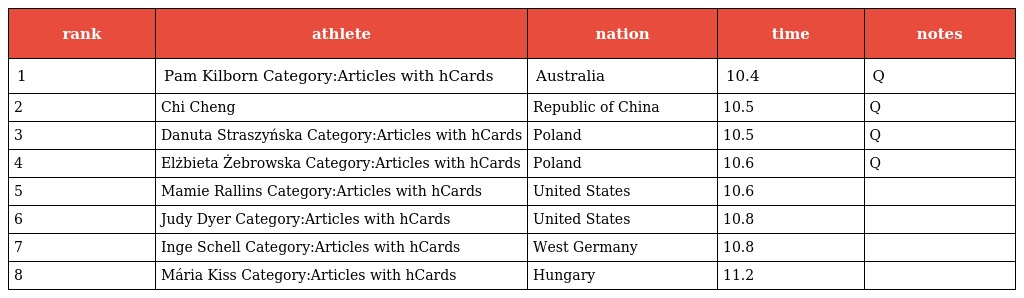
| rank | athlete | nation | time | notes |
 | --- | --- | --- | --- | --- |
 | 1 | Pam Kilborn Category:Articles with hCards | Australia | 10.4 | Q |
 | 2 | Chi Cheng | Republic of China | 10.5 | Q |
 | 3 | Danuta Straszyńska Category:Articles with hCards | Poland | 10.5 | Q |
 | 4 | Elżbieta Żebrowska Category:Articles with hCards | Poland | 10.6 | Q |
 | 5 | Mamie Rallins Category:Articles with hCards | United States | 10.6 |  |
 | 6 | Judy Dyer Category:Articles with hCards | United States | 10.8 |  |
 | 7 | Inge Schell Category:Articles with hCards | West Germany | 10.8 |  |
 | 8 | Mária Kiss Category:Articles with hCards | Hungary | 11.2 |  |